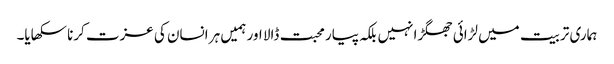
ہماری تربیت میں لڑائی جھگڑا نہیں بلکہ پیار محبت ڈالا اور ہمیں ہر انسان کی عزت کرنا سکھایا۔